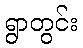
ရွာတွင်း